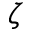
\zeta